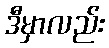
ဒီမှာလည်း